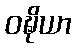
ဝဍ္ဎိယာ